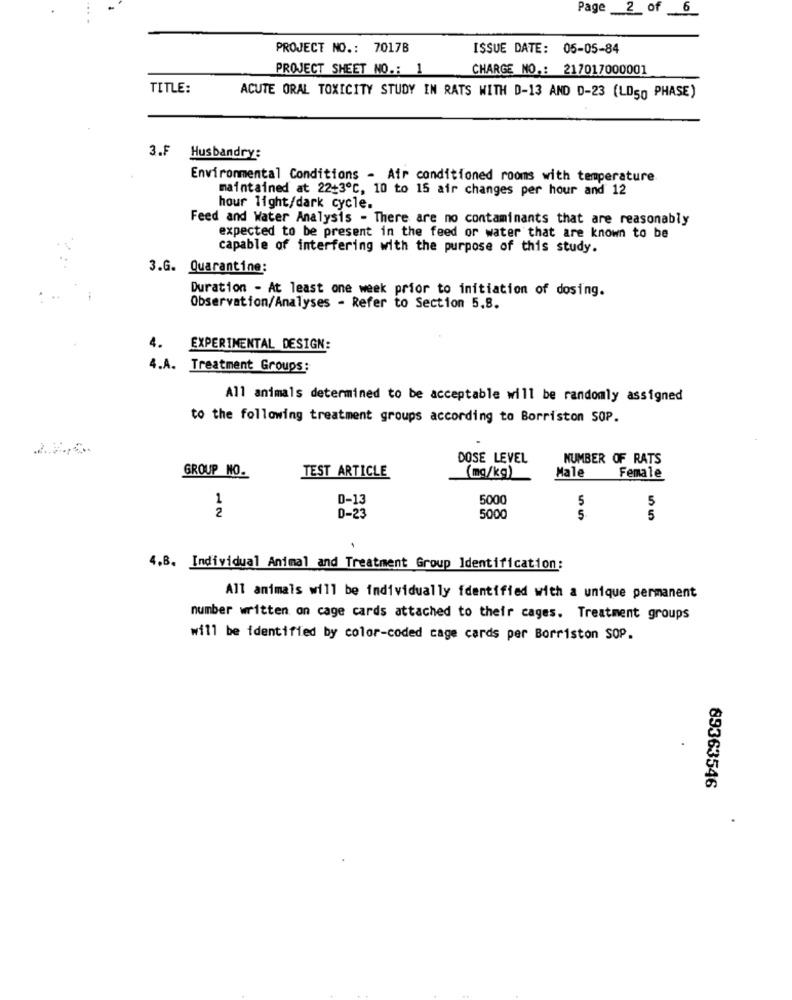
Page _2_ of _6_
PROJECT NO .: 7017B
ISSUE DATE: 05-05-84
PROJECT SHEET NO .: 1
CHARGE NO .: 217017000001
TITLE:
ACUTE ORAL TOXICITY STUDY IN RATS WITH D-13 AND D-23 (LD50 PHASE)
3.F Husbandry:
Environmental Conditions - Air conditioned rooms with temperature
maintained at 22+3ºC, 10 to 15 air changes per hour and 12
hour light/dark cycle.
Feed and Water Analysis - There are no contaminants that are reasonably
expected to be present in the feed or water that are known to be
capable of interfering with the purpose of this study.
3.G. Quarantine:
Duration - At least one week prior to initiation of dosing.
Observation/Analyses - Refer to Section 5,8.
EXPERIMENTAL DESIGN:
4.A. Treatment Groups:
All animals determined to be acceptable will be randomly assigned
to the following treatment groups according to Borriston SOP.
DOSE LEVEL
NUMBER OF RATS
GROUP NO.
(mg/kg)
Male
TEST ARTICLE
Female
1
D-13
5000
5
2
5
D-23
5000
5
5
4.B. Individual Animal and Treatment Group Identification:
All animals will be individually identified with a unique permanent
number written on cage cards attached to their cages. Treatment groups
will be identified by color-coded cage cards per Borriston SOP.
89363546